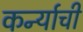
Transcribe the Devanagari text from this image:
कर्न्याची